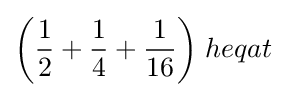
{\bigg (}{\frac {1}{2}}+{\frac {1}{4}}+{\frac {1}{16}}{\bigg )}\;heqat